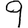
Digit: 9